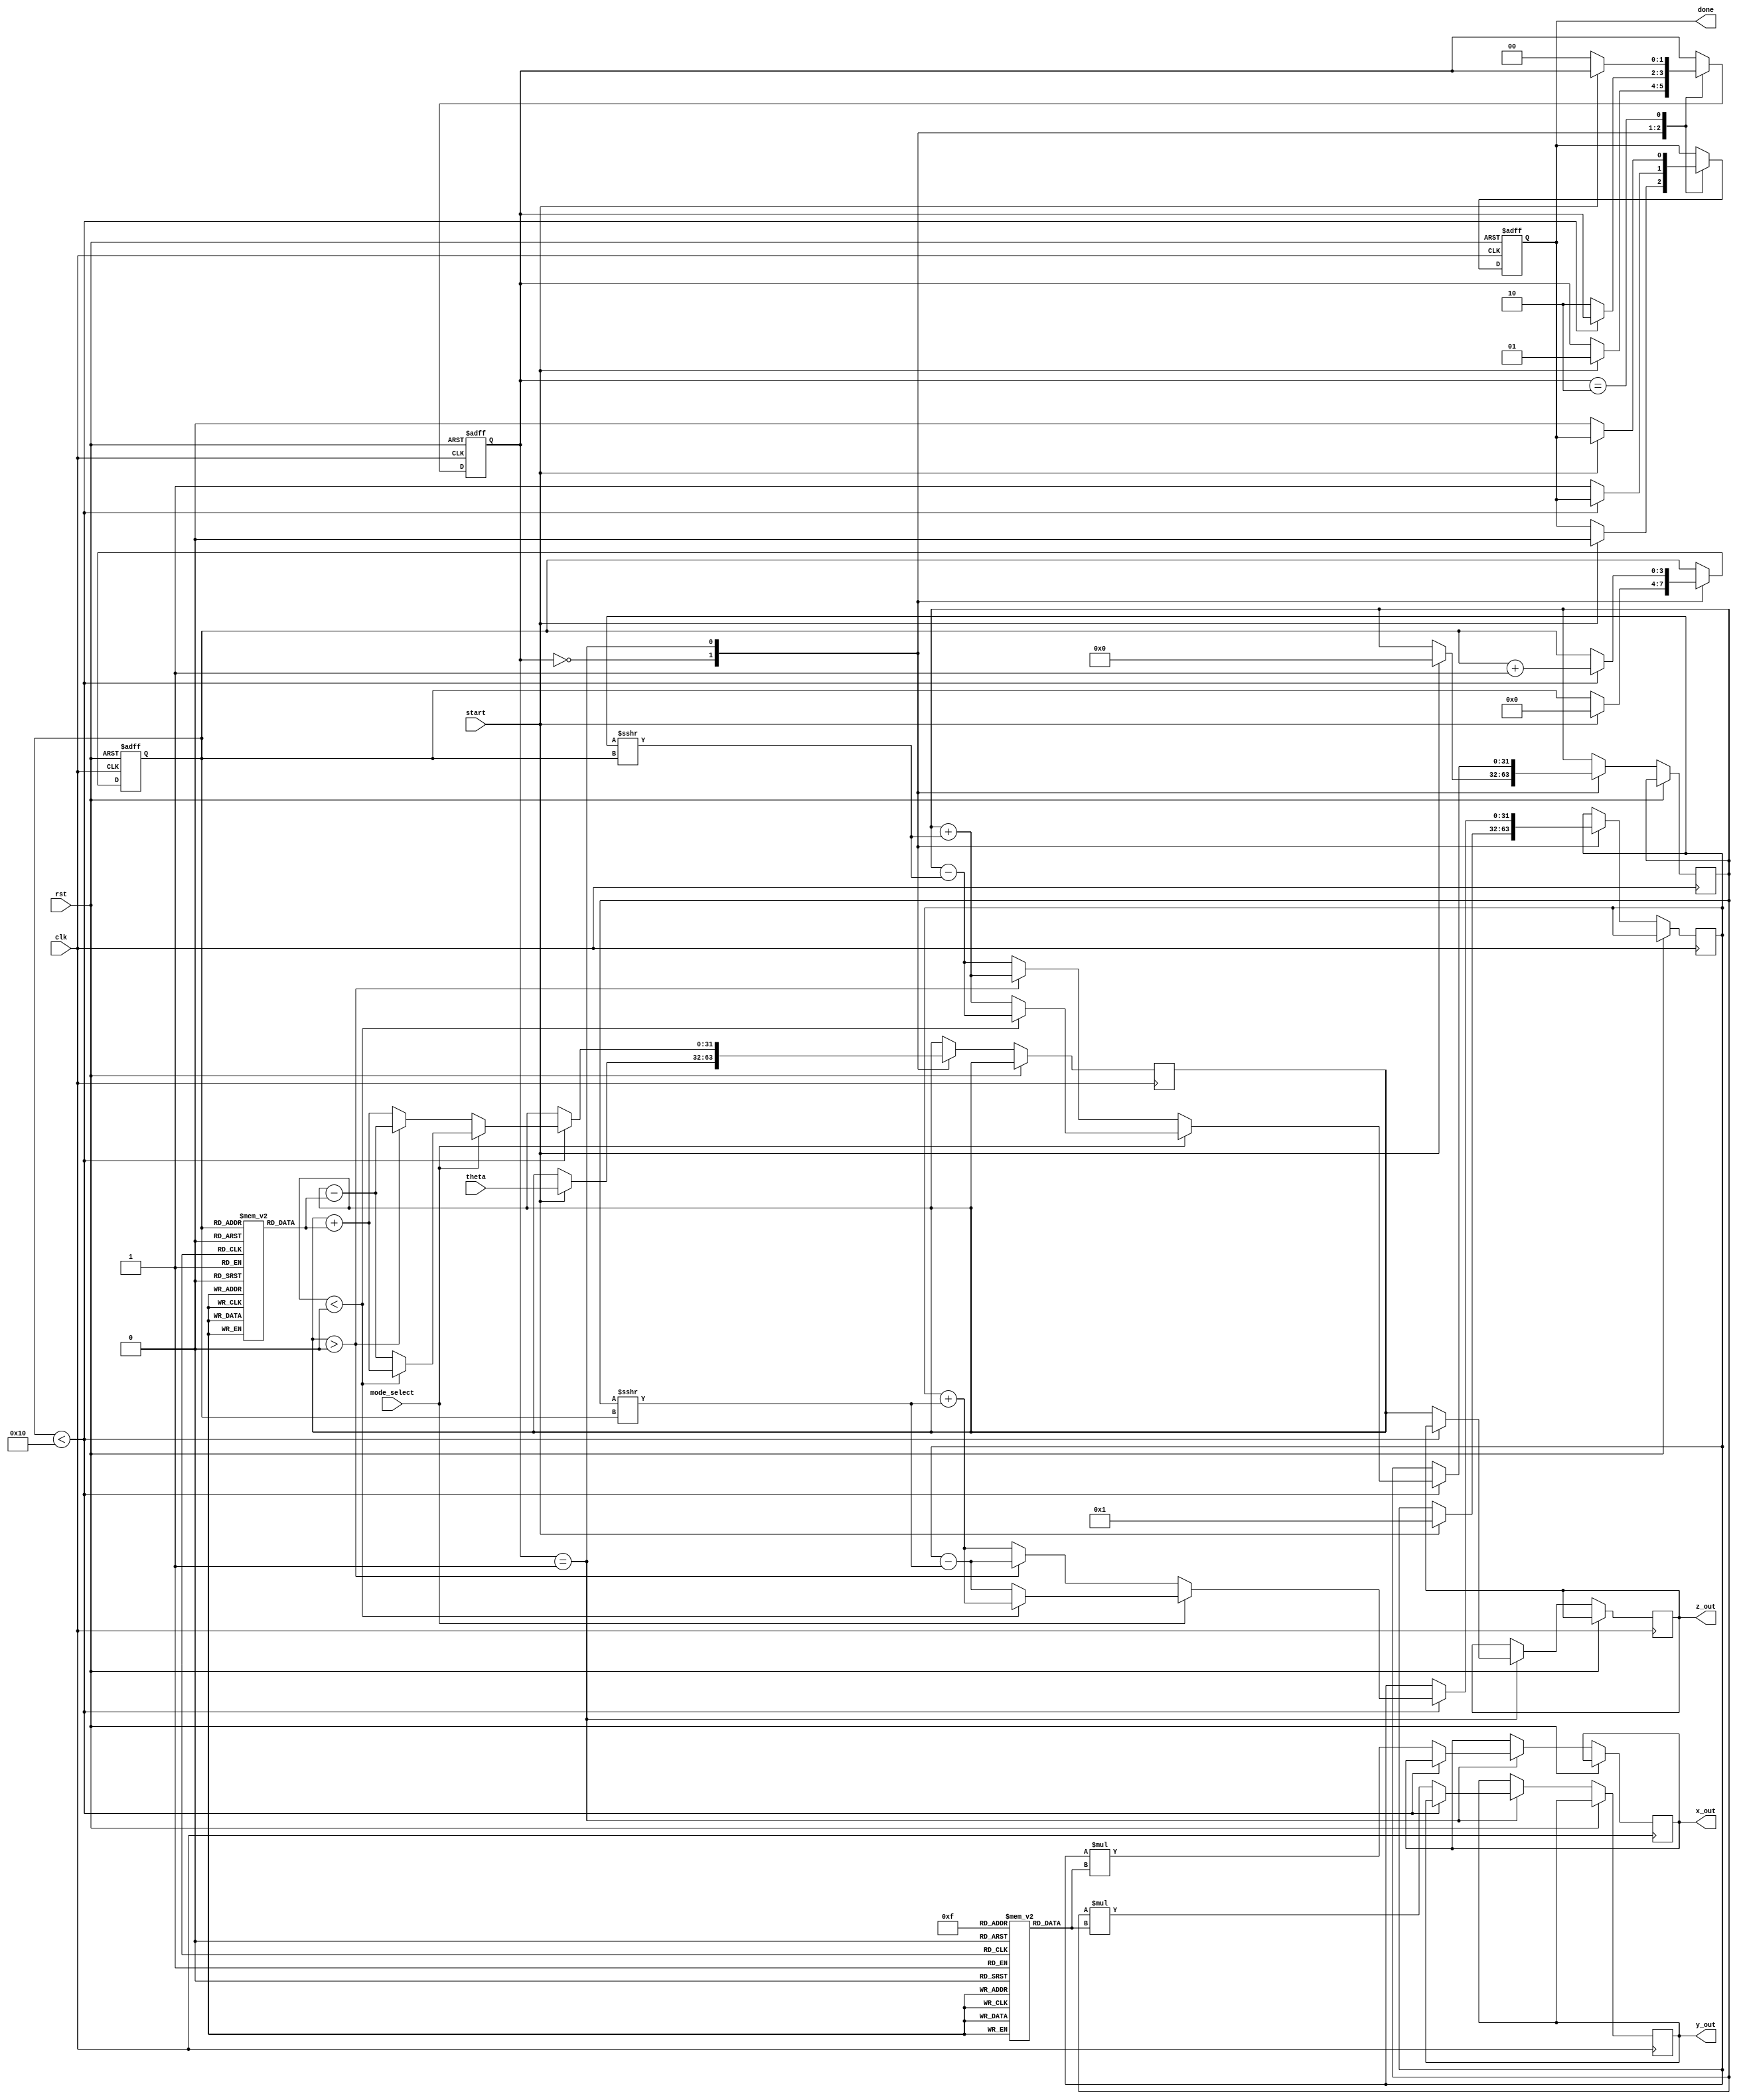
module cordic (
    input wire clk,
    input wire rst,
    input wire start,
    input wire mode_select,   // 0 for rotation, 1 for vectoring
    input wire [31:0] theta,  // Angle input in radians (fixed-point)
    output reg [31:0] x_out,
    output reg [31:0] y_out,
    output reg [31:0] z_out,
    output reg done
);

    parameter N = 16; // Number of iterations
    reg [31:0] x_reg, y_reg, z_reg;
    reg [31:0] angle_lut [0:N-1]; // Lookup table for arctan values
    reg [31:0] gain_lut [0:N-1];  // Lookup table for gains
    reg [3:0] iteration; // Iteration counter
    reg [1:0] state;     // FSM state
    localparam IDLE = 2'd0, RUN = 2'd1, DONE = 2'd2;

    // Initialize LUTs (should be filled with the actual precomputed values)
    initial begin
        // Example values, these need to be filled with actual arctan(2^-i) and gain values
        angle_lut[0] = 32'h20000000; // atan(1)
        angle_lut[1] = 32'h15555555; // atan(1/2)
        angle_lut[2] = 32'h0A3D70A4; // atan(1/4)
        // ...
        angle_lut[N-1] = 32'h00000000; // Last value (0)
        
        gain_lut[0] = 32'h00000000; // Gain values
        // ...
        gain_lut[N-1] = 32'h00000000; // Last value (1)
    end

    // FSM for control
    always @(posedge clk or posedge rst) begin
        if (rst) begin
            state <= IDLE;
            done <= 0;
            iteration <= 0;
        end else begin
            case (state)
                IDLE: begin
                    if (start) begin
                        x_reg <= 32'h00000001; // Initial X value
                        y_reg <= 32'h00000000; // Initial Y value
                        z_reg <= theta;        // Initial angle
                        iteration <= 0;
                        done <= 0;
                        state <= RUN;
                    end
                end

                RUN: begin
                    if (iteration < N) begin
                        // Perform CORDIC iterations
                        if (mode_select == 0) begin // Rotation mode
                            if (z_reg > 0) begin
                                x_reg <= x_reg - (y_reg >>> iteration); // D = -1
                                y_reg <= y_reg + (x_reg >>> iteration);
                                z_reg <= z_reg - angle_lut[iteration];
                            end else begin
                                x_reg <= x_reg + (y_reg >>> iteration); // D = 1
                                y_reg <= y_reg - (x_reg >>> iteration);
                                z_reg <= z_reg + angle_lut[iteration];
                            end
                        end else begin // Vectoring mode
                            if (z_reg < 0) begin
                                x_reg <= x_reg + (y_reg >>> iteration); // D = 1
                                y_reg <= y_reg - (x_reg >>> iteration);
                                z_reg <= z_reg + angle_lut[iteration];
                            end else begin
                                x_reg <= x_reg - (y_reg >>> iteration); // D = -1
                                y_reg <= y_reg + (x_reg >>> iteration);
                                z_reg <= z_reg - angle_lut[iteration];
                            end
                        end
                        iteration <= iteration + 1;
                    end else begin
                        // After last iteration, scale the output
                        x_out <= x_reg * gain_lut[N-1]; // Scale output
                        y_out <= y_reg * gain_lut[N-1];
                        z_out <= z_reg;
                        done <= 1; // Operation complete
                        state <= DONE;
                    end
                end
                
                DONE: begin
                    if (!start) begin
                        state <= IDLE; // Reset FSM
                        done <= 0;
                    end
                end
            endcase
        end
    end

endmodule